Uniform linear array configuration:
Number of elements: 32
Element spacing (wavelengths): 1
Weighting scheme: kaiser
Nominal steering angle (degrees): -30
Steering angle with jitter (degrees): -30.875
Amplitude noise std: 0.05
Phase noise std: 0.05

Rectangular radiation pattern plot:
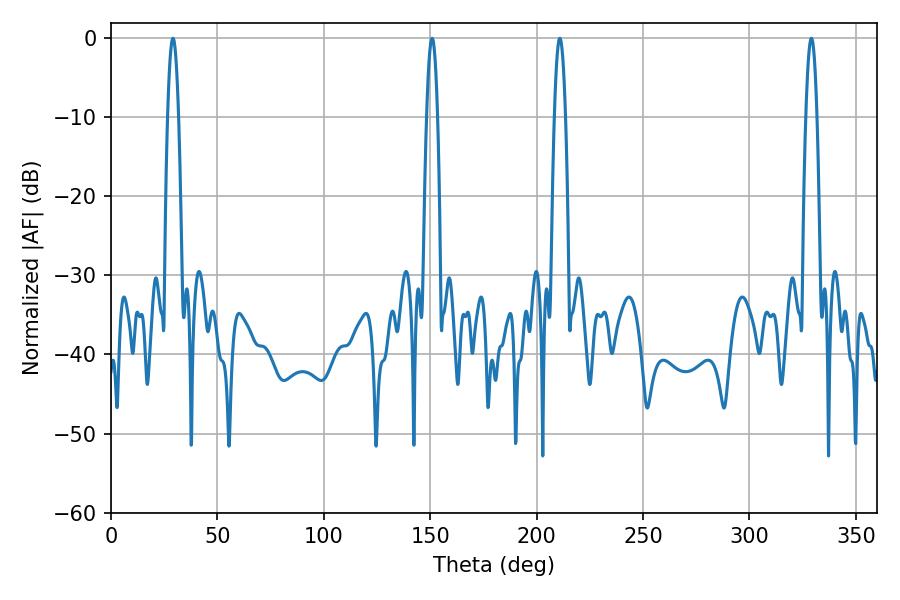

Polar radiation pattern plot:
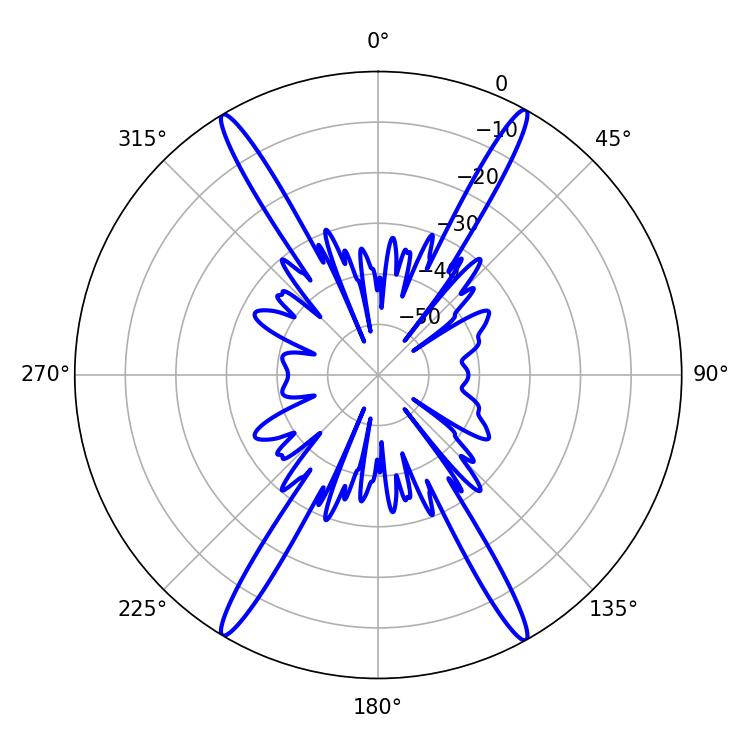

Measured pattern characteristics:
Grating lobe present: TRUE
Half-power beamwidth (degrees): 2.88
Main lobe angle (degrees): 29.16